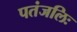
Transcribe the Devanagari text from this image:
पतंजलिः